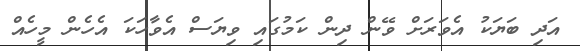
އަދި ބަޔަކު އެވަރަށް ވޭން ދިން ކަމުގައި ވިޔަސް އެވާހަކަ އެހެން މީހެއް